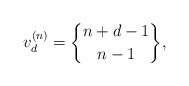
\begin{gather*} v_{d}^{(n)}= {n+d-1 \brace n-1}, \end{gather*}